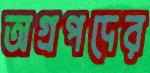
অগ্রপদের